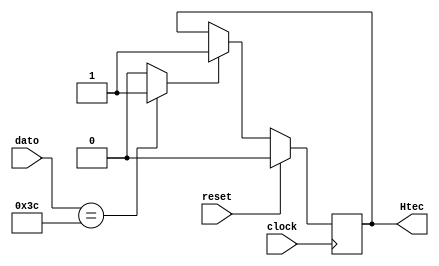
`timescale 1ns / 1ps
//////////////////////////////////////////////////////////////////////////////////
// Company: 
// 			 Carlos Carranza
// Design Name: 
// Module Name:    Filtro_h 
// Project Name: 
// Target Devices: 
// Tool versions: 
// Description: 
//
// Dependencies: 
//
// Revision: 
// Revision 0.01 - File Created
// Additional Comments: 
//
//////////////////////////////////////////////////////////////////////////////////
module Filtro_h(
input [6:0] dato,
input reset,
input clock,          //Declaramos la entrada clk
output reg Htec          //Declaramos la entrada clr
	
    );
localparam bn1 = 7'b0111100;
reg d1;
//reg d3;


always @ (dato)
	if (dato==bn1)
		d1 = 1'b1;
	else
		d1 = 1'b0;
    
always @(posedge clock)
      if (reset) begin
         Htec <= 1'b0;
      end else if (d1) begin
         Htec <= d1;
      end		

		


endmodule